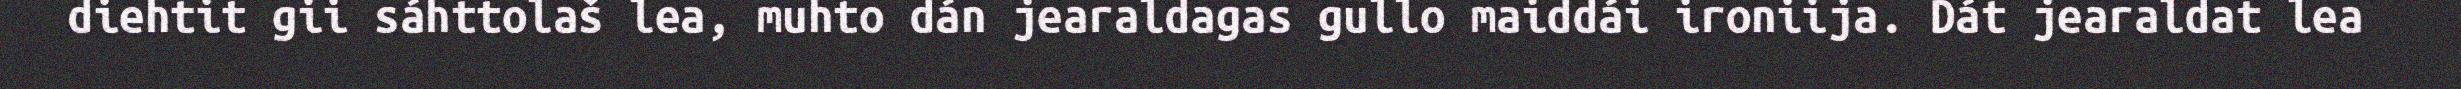
diehtit gii sáhttolaš lea, muhto dán jearaldagas gullo maiddái ironiija. Dát jearaldat lea